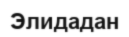
Элидадан